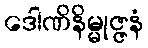
ဒေါဏိနိမ္မုဇ္ဇနံ